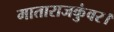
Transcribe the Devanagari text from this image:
माताराजकुंवर।